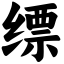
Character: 缥